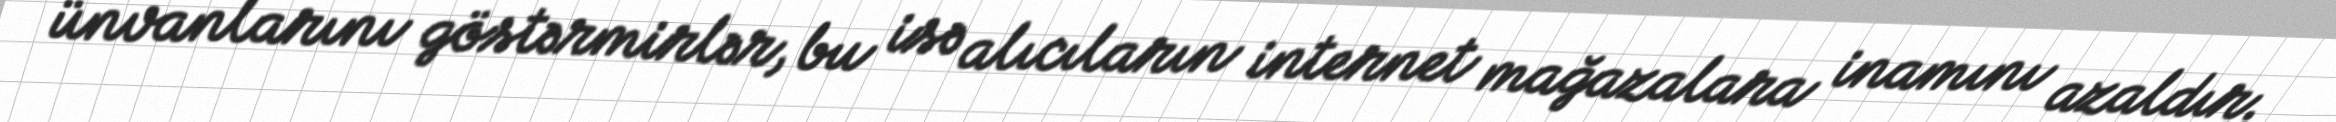
ünvanlarını göstərmirlər, bu isə alıcıların internet mağazalara inamını azaldır.